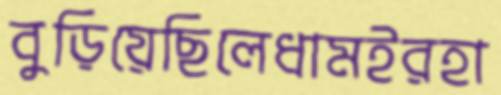
বুড়িয়েছিলেধামইরহা